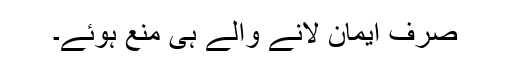
صرف ایمان لانے والے ہی منع ہوئے۔